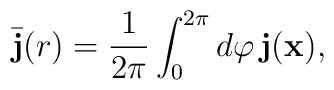
\bar{\bf{j}}(r) = \frac{1}{2\pi}\int_{0}^{2\pi}d\varphi\,\bf{j}(\bf{x}),